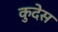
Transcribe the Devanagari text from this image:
कुदेस